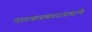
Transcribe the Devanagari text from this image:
नाटकप्रकाराप्रमाणे